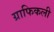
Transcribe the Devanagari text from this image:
ग्राफिकली